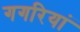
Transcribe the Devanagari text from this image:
गगरियां